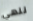
ننهي